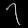
Digit: ၇